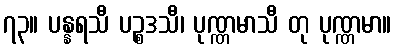
၇၃။ ပန္နရသီ ပဉ္စဒသီ၊ ပုဏ္ဏမာသီ တု ပုဏ္ဏမာ။